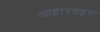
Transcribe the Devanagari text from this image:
आहारग्रहण